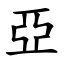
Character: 亞